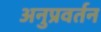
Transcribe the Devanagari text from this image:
अनुप्रवर्तन